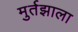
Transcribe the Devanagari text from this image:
मुर्तझाला